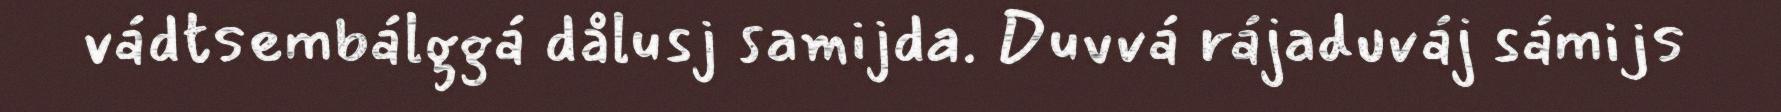
vádtsembálggá dålusj samijda. Duvvá rájaduváj sámijs